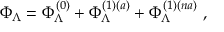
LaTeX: \Phi _ { \Lambda } = \Phi _ { \Lambda } ^ { ( 0 ) } + \Phi _ { \Lambda } ^ { ( 1 ) ( a ) } + \Phi _ { \Lambda } ^ { ( 1 ) ( n a ) } ~ ,